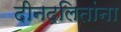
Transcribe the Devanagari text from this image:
दीनदलितांना